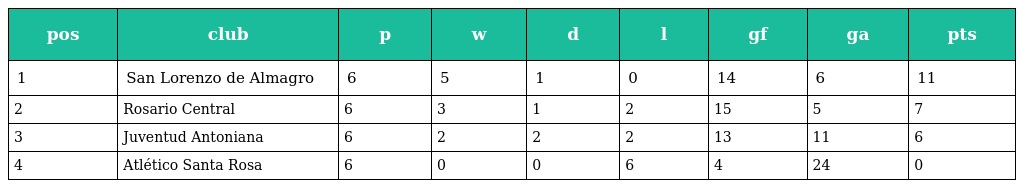
| pos | club | p | w | d | l | gf | ga | pts |
 | --- | --- | --- | --- | --- | --- | --- | --- | --- |
 | 1 | San Lorenzo de Almagro | 6 | 5 | 1 | 0 | 14 | 6 | 11 |
 | 2 | Rosario Central | 6 | 3 | 1 | 2 | 15 | 5 | 7 |
 | 3 | Juventud Antoniana | 6 | 2 | 2 | 2 | 13 | 11 | 6 |
 | 4 | Atlético Santa Rosa | 6 | 0 | 0 | 6 | 4 | 24 | 0 |